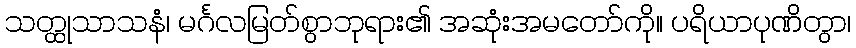
သတ္ထုသာသနံ၊ မင်္ဂလမြတ်စွာဘုရား၏ အဆုံးအမတော်ကို။ ပရိယာပုဏိတွာ၊